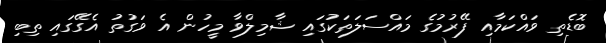
ބޮޑެތި ވައްކަމާއި ފޭރުމުގެ މައްސަލަތަކުގައި ޝާމިލްވާ މީހުން އެ ވަގުތު އެގޭގައި ތިބި